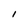
Character: I